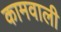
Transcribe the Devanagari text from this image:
कामवाली